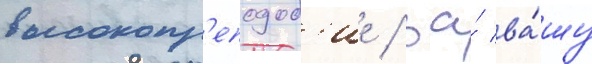
высокопр'еподоб'ие / за́ ва́шу